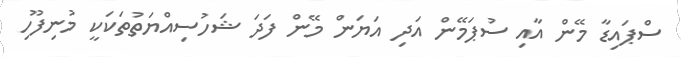
ސްޕައިޑާ މޭން އާއި ސުޕަމޭން އަދި އަޔަން މޭން ފަދަ ޝަހުސިއްޔަތުތަކަކީ މުނިފޫހި